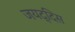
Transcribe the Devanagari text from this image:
जयद्दिस